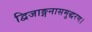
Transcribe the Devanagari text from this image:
द्विजाङ्गनासमुद्धरण।